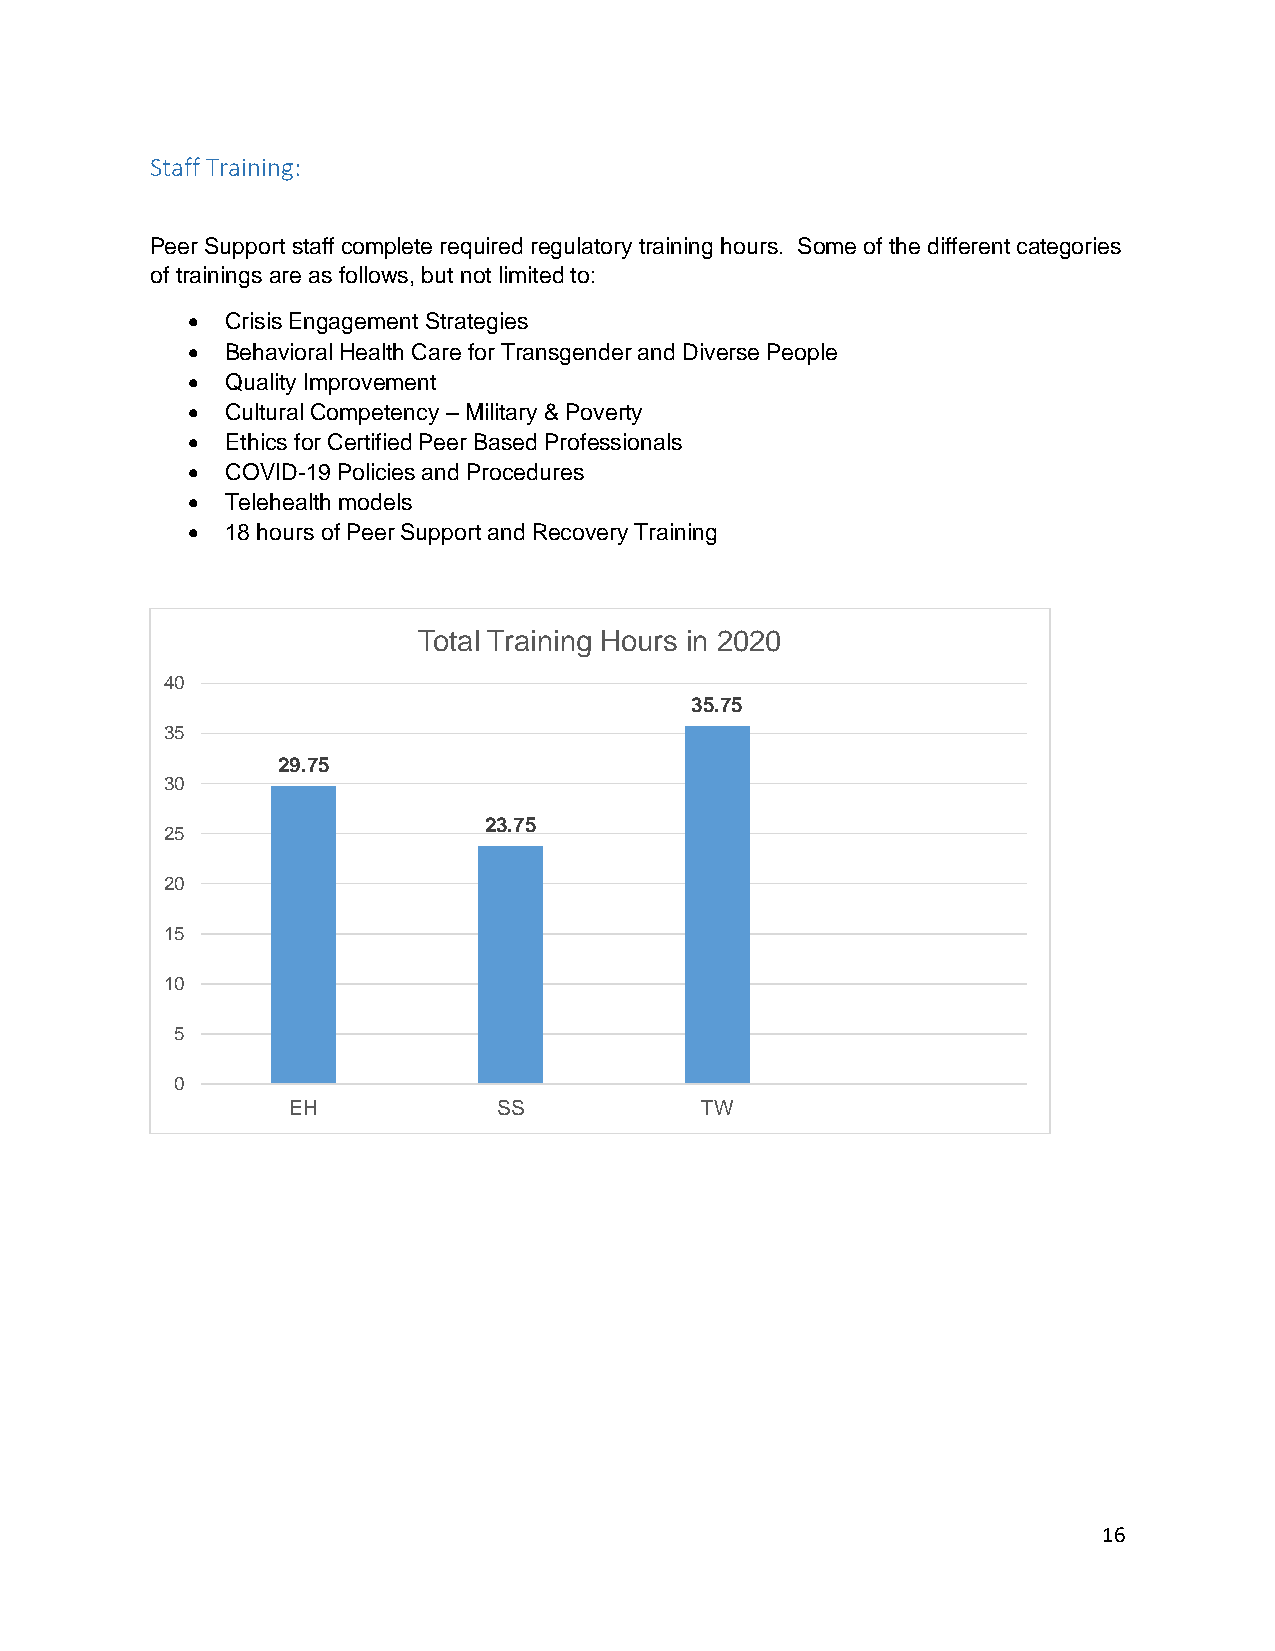
Staff Training:
 Peer Support staff complete required regulatory training hours. Some of the different categories
 of trainings are as follows, but not limited to:
 •  Crisis Engagement Strategies
 •  Behavioral Health Care for Transgender and Diverse People
 •  Quality Improvement
 •  Cultural Competency – Military & Poverty
 •  Ethics for Certified Peer Based Professionals
 •  COVID-19 Policies and Procedures
 •  Telehealth models
 •  18 hours of Peer Support and Recovery Training
 Total Training Hours in 2020
 40
 35.75
 35
 29.75
 30
 23.75
 25
 20
 15
 10
 5
 0
 EH            SS           TW
 16